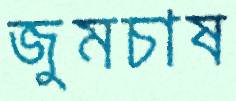
জুমচাষ